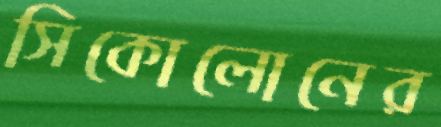
সিকোলোনের